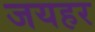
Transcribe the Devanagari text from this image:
जयहर